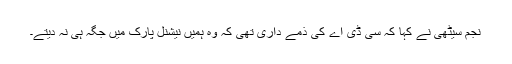
نجم سیٹھی نے کہا کہ سی ڈی اے کی ذمے داری تھی کہ وہ ہمیں نیشنل پارک میں جگہ ہی نہ دیتے۔